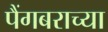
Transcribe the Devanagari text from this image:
पैंगबराच्या